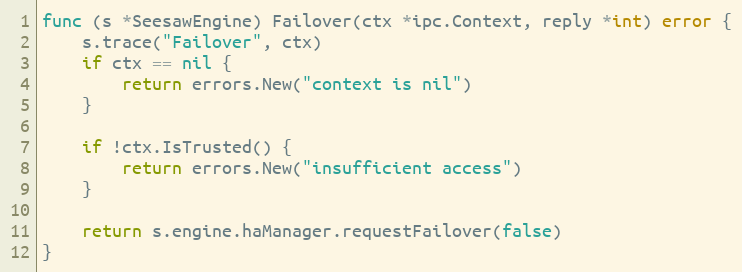
Language: Go
func (s *SeesawEngine) Failover(ctx *ipc.Context, reply *int) error {
	s.trace("Failover", ctx)
	if ctx == nil {
		return errors.New("context is nil")
	}

	if !ctx.IsTrusted() {
		return errors.New("insufficient access")
	}

	return s.engine.haManager.requestFailover(false)
}